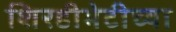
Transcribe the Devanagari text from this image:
शिरडीभेटीच्या